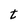
Character: t